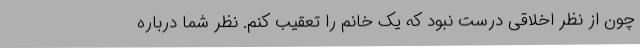
چون از نظر اخلاقی درست نبود که یک خانم را تعقیب کنم. نظر شما درباره